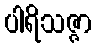
ပါရိသဇ္ဇာ